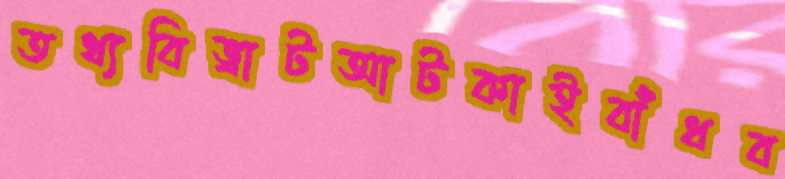
তথ্যবিভ্রাটআটকাইবাঁধব